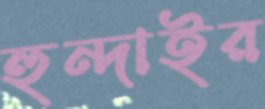
হুন্দাইর